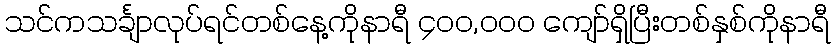
သင်ကသင်္ချာလုပ်ရင်တစ်နေ့ကိုနာရီ ၄၀၀,၀၀၀ ကျော်ရှိပြီးတစ်နှစ်ကိုနာရီ